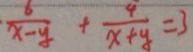
\frac { 6 } { x - y } + \frac { 4 } { x + y } = 3